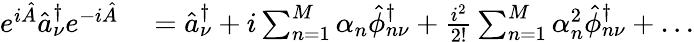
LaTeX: \begin{array}{rl}{e^{i\hat{A}}\hat{a}_{\nu}^{\dagger}e^{-i\hat{A}}}&{{}=\hat{a}_{\nu}^{\dagger}+i\sum_{n=1}^{M}\alpha_{n}\hat{\phi}_{n\nu}^{\dagger}+\frac{i^{2}}{2!}\sum_{n=1}^{M}\alpha_{n}^{2}\hat{\phi}_{n\nu}^{\dagger}+\ldots}\end{array}